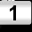
Digit: 1